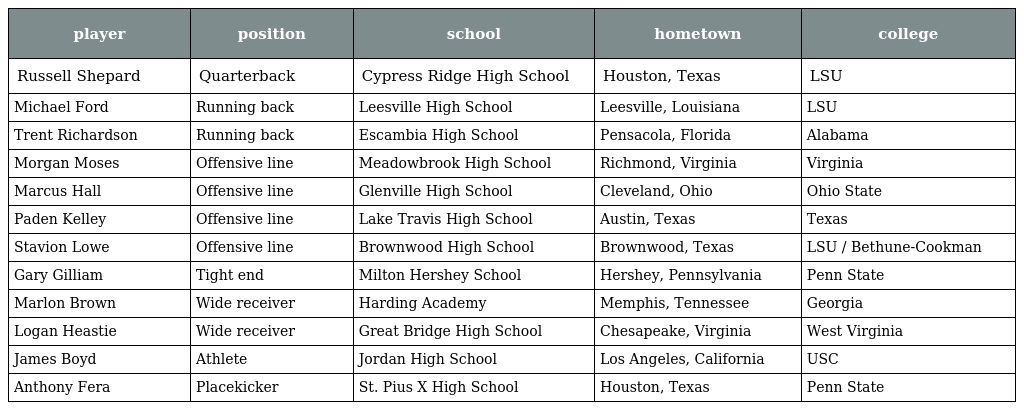
| player | position | school | hometown | college |
 | --- | --- | --- | --- | --- |
 | Russell Shepard | Quarterback | Cypress Ridge High School | Houston, Texas | LSU |
 | Michael Ford | Running back | Leesville High School | Leesville, Louisiana | LSU |
 | Trent Richardson | Running back | Escambia High School | Pensacola, Florida | Alabama |
 | Morgan Moses | Offensive line | Meadowbrook High School | Richmond, Virginia | Virginia |
 | Marcus Hall | Offensive line | Glenville High School | Cleveland, Ohio | Ohio State |
 | Paden Kelley | Offensive line | Lake Travis High School | Austin, Texas | Texas |
 | Stavion Lowe | Offensive line | Brownwood High School | Brownwood, Texas | LSU / Bethune-Cookman |
 | Gary Gilliam | Tight end | Milton Hershey School | Hershey, Pennsylvania | Penn State |
 | Marlon Brown | Wide receiver | Harding Academy | Memphis, Tennessee | Georgia |
 | Logan Heastie | Wide receiver | Great Bridge High School | Chesapeake, Virginia | West Virginia |
 | James Boyd | Athlete | Jordan High School | Los Angeles, California | USC |
 | Anthony Fera | Placekicker | St. Pius X High School | Houston, Texas | Penn State |